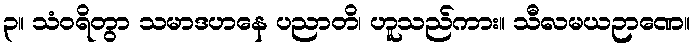
၃။ သံဝရိတွာ သမာဒဟနေ ပညာတိ၊ ဟူသည်ကား။ သီလမယဉာဏေ။